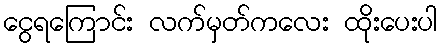
ငွေရကြောင်း လက်မှတ်ကလေး ထိုးပေးပါ